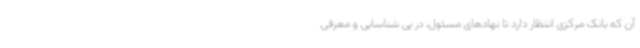
آن که بانک مرکزی انتظار دارد تا نهادهای مسئول، در پی شناسایی و معرفی